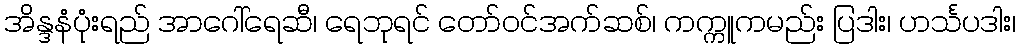
အိန္ဒနံပုံးရည် အာဂေါ်ရေဆီ၊ ရေဘုရင် တော်ဝင်အက်ဆစ်၊ ကက္ကူကမည်း ပြဒါး၊ ဟင်္သပဒါး၊